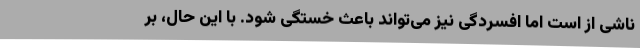
ناشی از است اما افسردگی نیز می‌تواند باعث خستگی شود. با این حال، بر